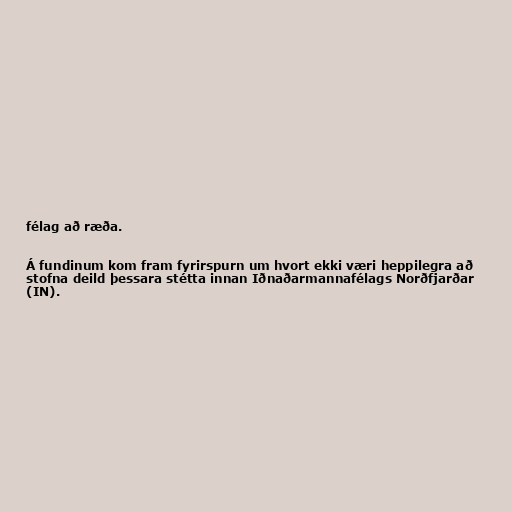
félag að ræða.

Á fundinum kom fram fyrirspurn um hvort ekki væri heppilegra að
stofna deild þessara stétta innan Iðnaðarmannafélags Norðfjarðar
(IN).